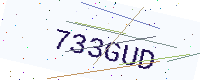
Text: 733GUD